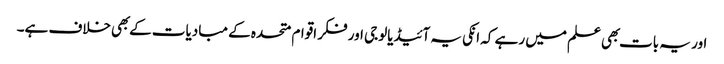
اور یہ بات بهی علم میں رہے کہ انکی یہ آئیڈیالوجی اور فکر اقوام متحده کے مبادیات کے بهی خلاف ہے۔